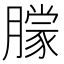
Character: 𬂓